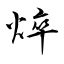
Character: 焠